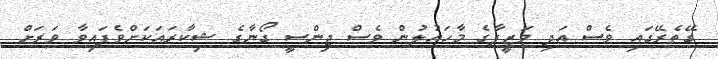
ގޭތެރޭގައި ވެސް އަދި ވަޒީފާގެ މާހައުލުން ވެސް ޖިންސީ ގޯނާގެ ޝިކާރައަކަށްވެފައިވާ ވަރަށް